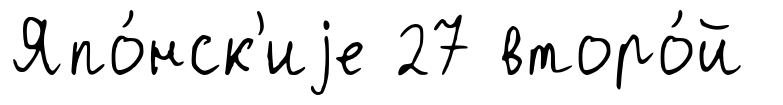
Япо́нск'иjе 27 второ́й